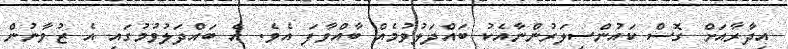
އިދާރާއަށް ގޮސް ކައުންސިލަރުންނާއެކު ބައްދަލުވުމެއް ބާއްވާފަ އެވެ. އެ ބައްދަލުވުމުގައި އެ ޒުވާނުން